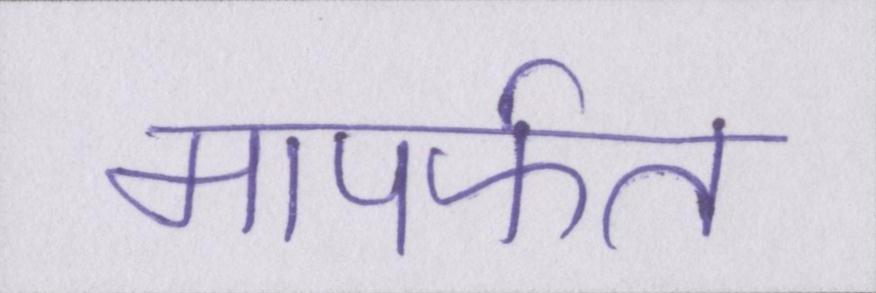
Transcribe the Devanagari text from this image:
मापर्फत